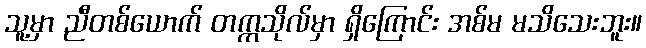
သူ့မှာ ညီတစ်ယောက် တက္ကသိုလ်မှာ ရှိကြောင်း အစ်မ မသိသေးဘူး။